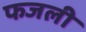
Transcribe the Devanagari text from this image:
फजली